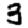
Digit: 3